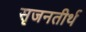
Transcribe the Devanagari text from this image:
सृजनतीर्थ